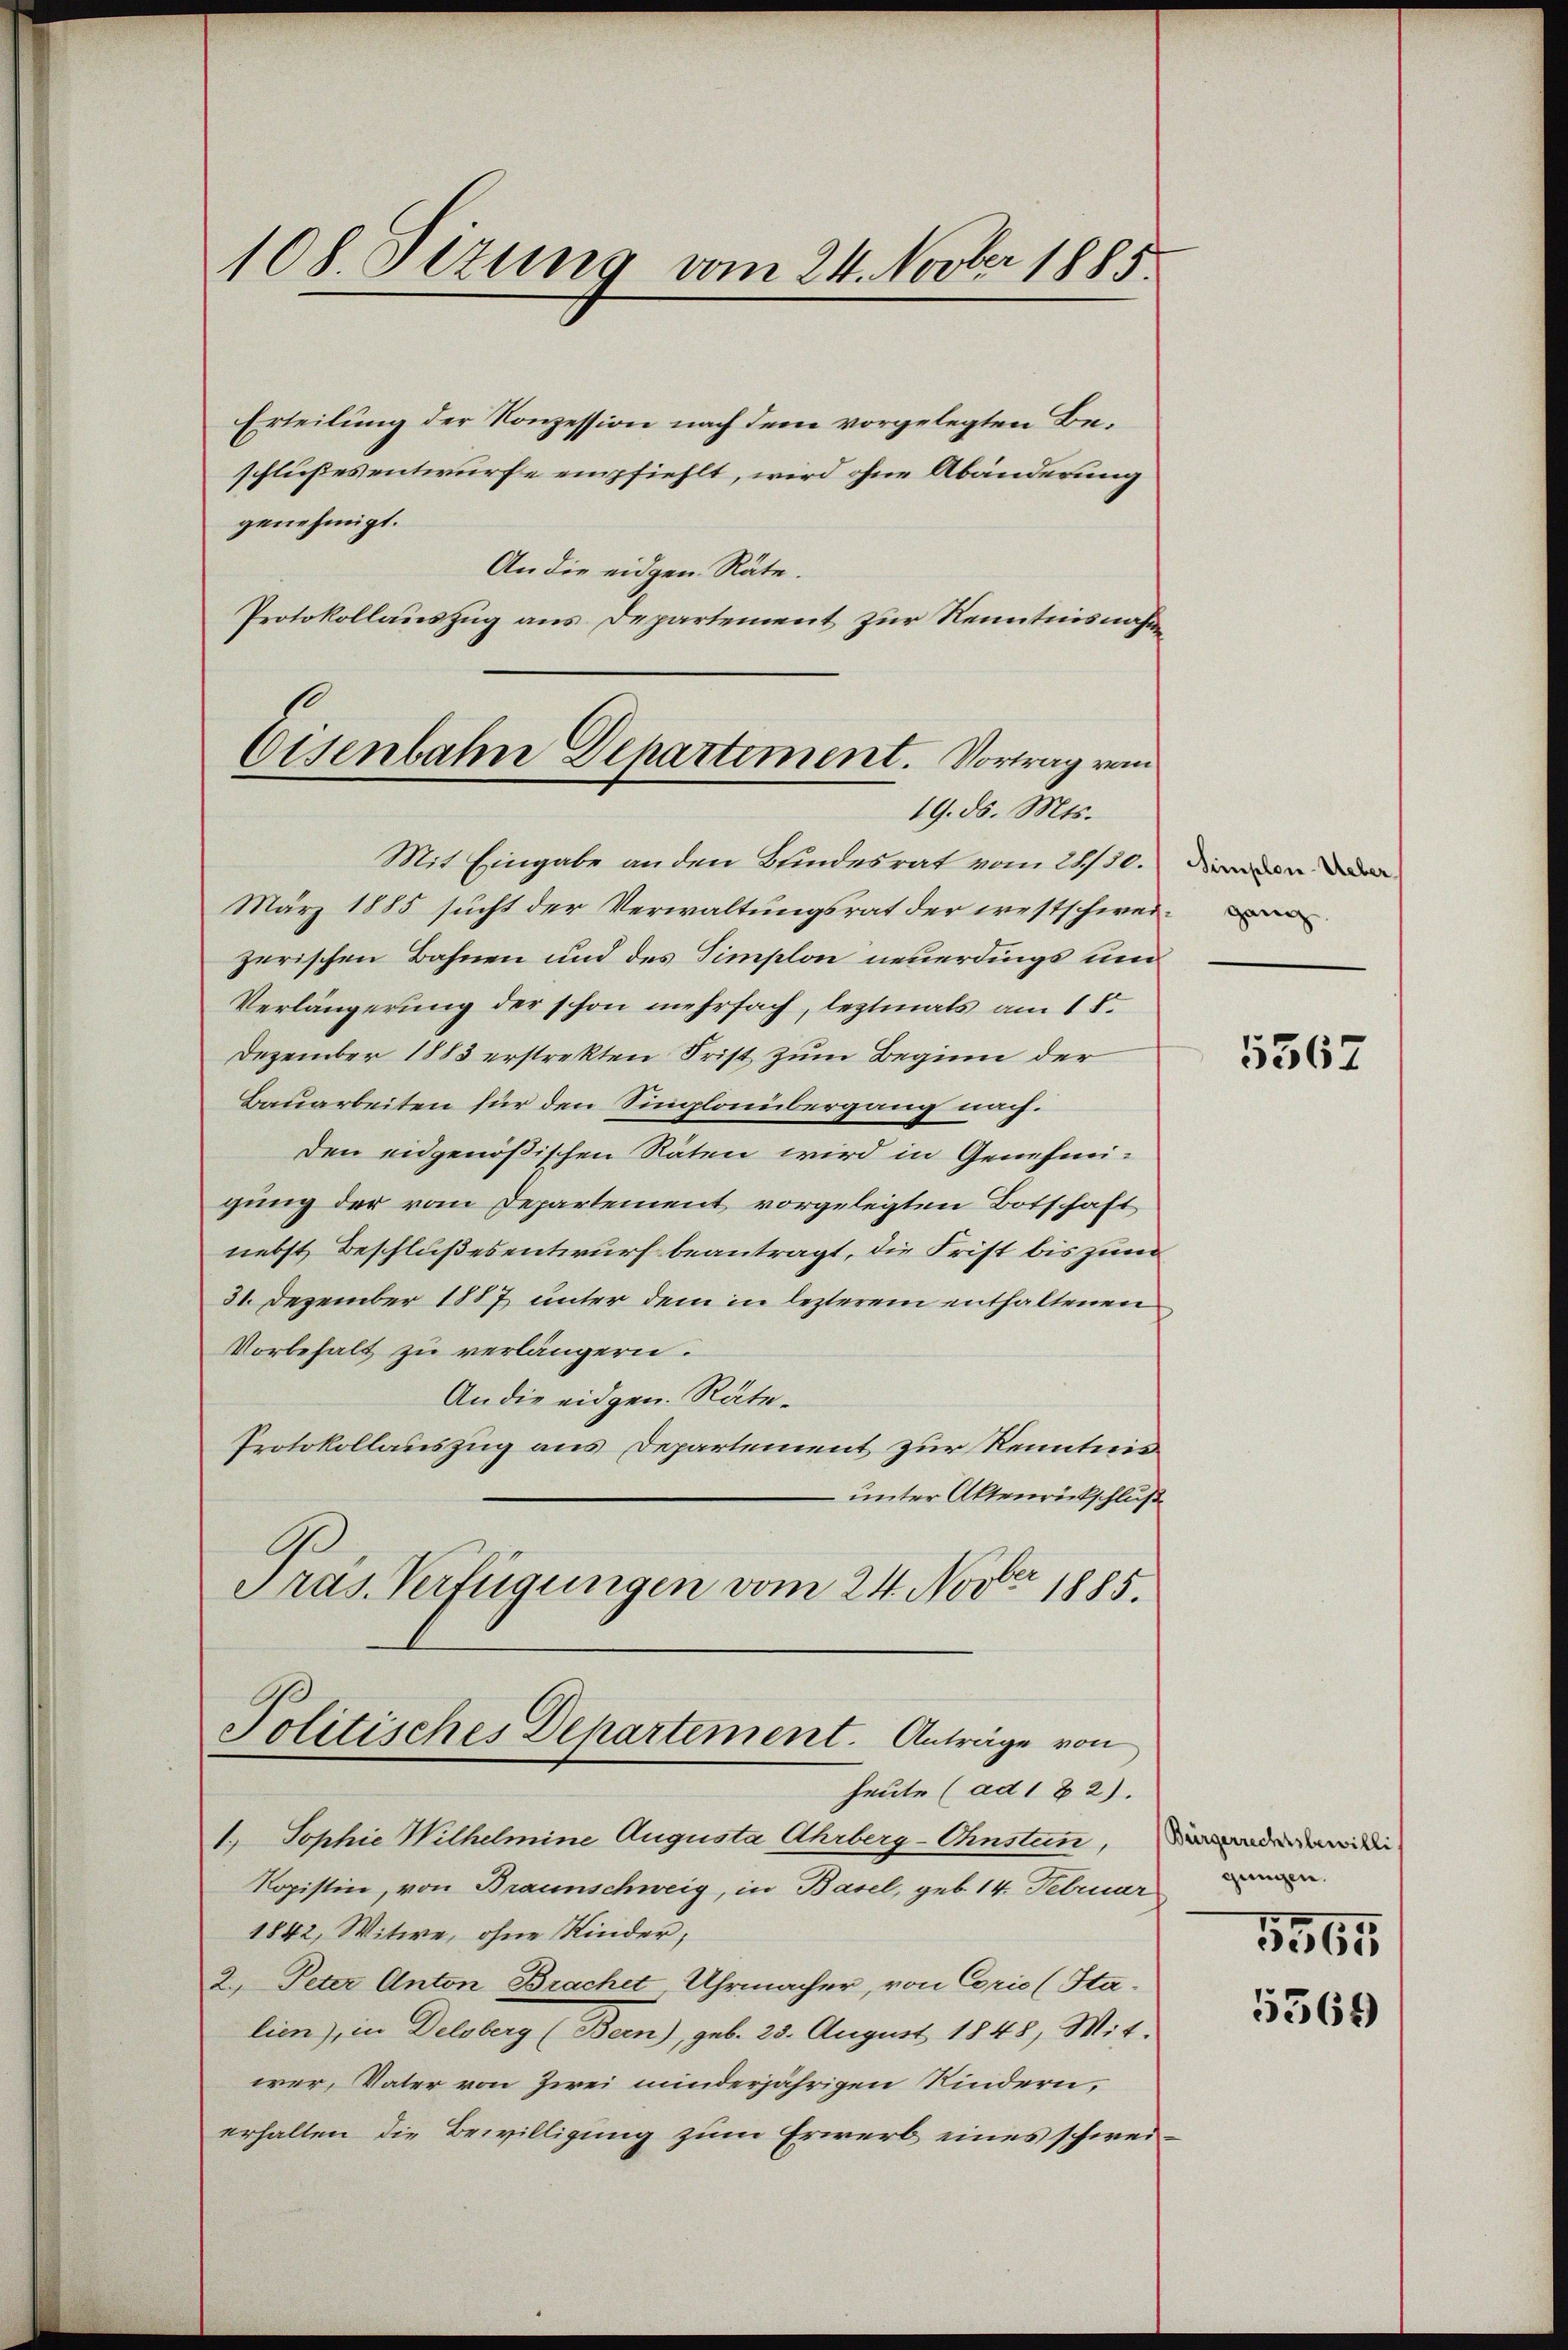
Erteilung der Konzession nach dem vorgelegten Beschlußes entwurfe empfiehlt, wird ohne Abänderung
genehmigt.
An die eidgen. Räte.
Protokollauszug aus Departement zur Kenntnisnahm
Eisenbahn Departement. Vortrag vom

108 Sizung vom 24. Novber 1885.

19. d. Mts.

Mit Eingabe an den Kindesrat vom 26/10. Denn de
März 1885 sucht der Verwaltungsrat der westschweizerischen Bahnen und des Simplon neuerdings und
Verlängerung der schon mehrfach, leztmals am 18.
Dezember 1883 erstrekten Frist zum Beginn der
Bauarbeiten für den Singlaubergang nach.
den eidgenößischen Räten wird in Genehmigung der vom Departement vorgelegten Botschaft
nebst Beschlußesentwurf beantragt, die Frist bis zum
31. Dezember 1887 unter dem in lezterem enthaltenen
Vorbehalt zu verlängern.
An die eidgen. Räte¬
Protokollauszug aus Departement zur Kenntnis
unter Aktenrückschluß
Pras. Verfügungen vom 24. Nov. 1885.
Politisches Departement. Anträge von
heute (ad 1 § 2).
1. Sophie Wilhelmine Augusta Ahrberg-Ohnstun, wider
Ropistin, von Braunschweig, in Basel, geb. 14. Februar
1842, Witwe, ohne Kinder,
2. Peter Anton Brachet, Uhrmacher, von Coric (Stalien), in Delsberg (Bern), geb. 25. August 1848, Mit-
wer, Vater von Zwei minderjährigen Kindern,
erhalten die Bewilligung zum Erwerb eines schwei¬

5362

gungen.
1565

5569